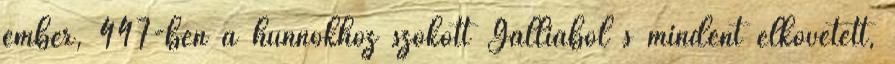
ember, 447-ben a hunnokhoz szökött Galliából s mindent elkövetett,